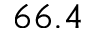
6 6 . 4